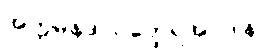
အက္ကမနဒါယတ္ထေရအပဒါန။